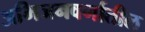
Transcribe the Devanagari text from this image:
अभिजनवर्गातील